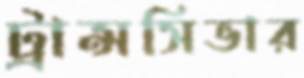
ট্রান্সসিভার